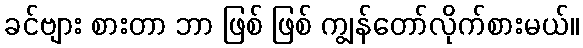
ခင်ဗျား စားတာ ဘာ ဖြစ် ဖြစ် ကျွန်တော်လိုက်စားမယ်။